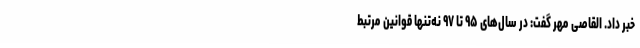
خبر داد. القاصی مهر گفت: در سال‌های ۹۵ تا ۹۷ نه‌تنها قوانین مرتبط